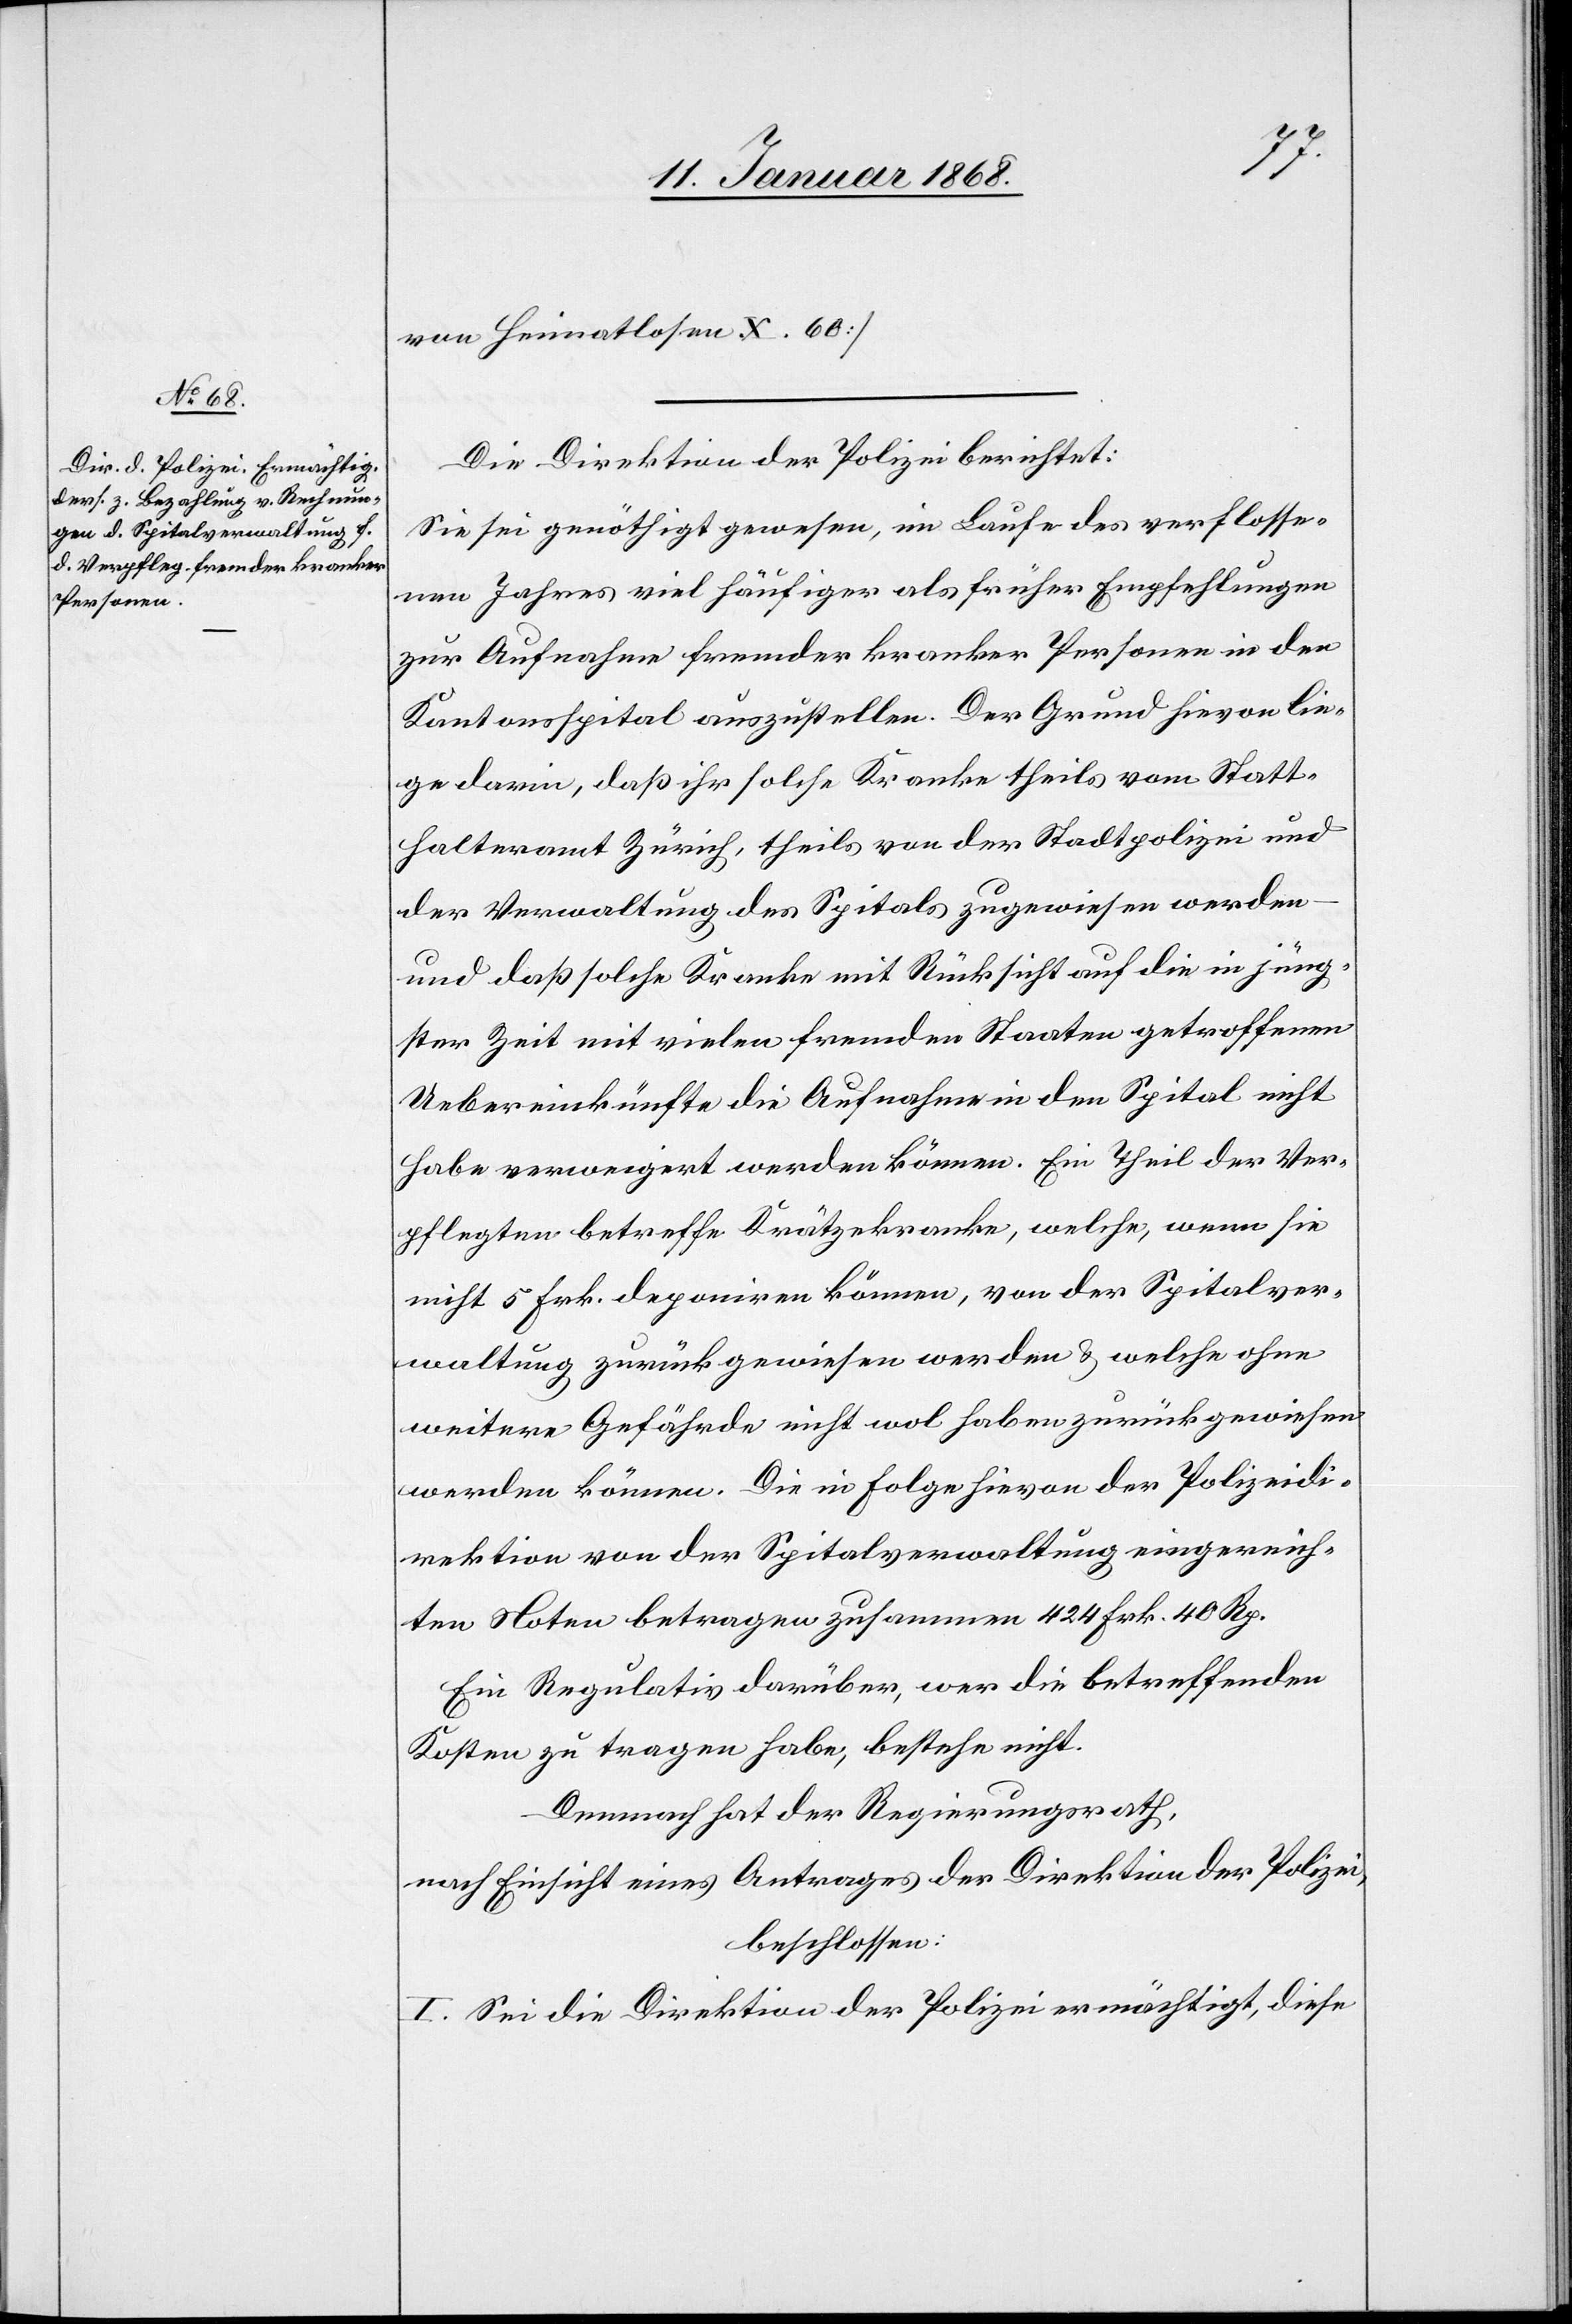
von Heimatlosen. X. 60]
Die Direktion der Polizei berichtet:
Sie sei genöthigt gewesen, im Laufe des verflosse¬
nen Jahres viel häufiger als früher Empfehlungen
zur Aufnahme fremder kranker Personen in den
Kantonsspital auszustellen. Der Grund hievon lie¬
ge darin, daß ihr solche Kranke theils vom Statt¬
halteramt Zürich, theils von der Stadtpolizei und
der Verwaltung des Spitals zugewiesen werden
und daß solche[n] Kranke[n] mit Rücksicht auf die in jüng¬
ster Zeit mit vielen fremden Staaten getroffenen
Uebereinkünfte die Aufnahme in den Spital nicht
habe verweigert werden können. Ein Theil der Ver¬
pflegten betreffe Krätzekranke, welche, wenn sie
nicht 5 Frk. deponiren können, von der Spitalver¬
waltung zurückgewiesen werden & welche ohne
weitere Gefährde nicht wol haben zurückgewiesen
werden können. Die in Folge hievon der Polizeidi¬
rektion von der Spitalverwaltung eingereich¬
ten Noten betragen zusammen 424 Frk. 40 Rp.
Ein Regulativ darüber, wer die betreffenden
Kosten zu tragen habe, bestehe nicht.
Demnach hat der Regierungsrath,
nach Einsicht eines Antrages der Direktion der Polizei,
beschlossen:
I. Sei die Direktion der Polizei ermächtigt, diese